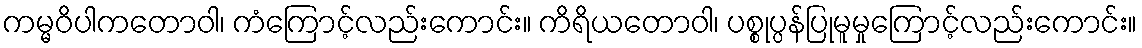
ကမ္မဝိပါကတောဝါ၊ ကံကြောင့်လည်းကောင်း။ ကိရိယတောဝါ၊ ပစ္စုပ္ပန်ပြုမူမှုကြောင့်လည်းကောင်း။